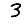
Digit: 3